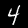
Digit: 4